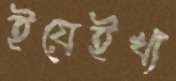
ইয়েইখ্য